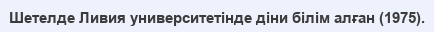
Шетелде Ливия университетінде діни білім алған (1975).